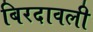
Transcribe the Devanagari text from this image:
बिरदावली